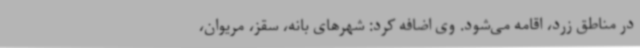
در مناطق زرد، اقامه می‌شود. وی اضافه کرد: شهرهای بانه، سقز، مریوان،